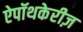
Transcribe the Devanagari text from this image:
ऐपॉथकेरीज़